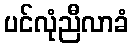
ပင်လုံညီလာခံ